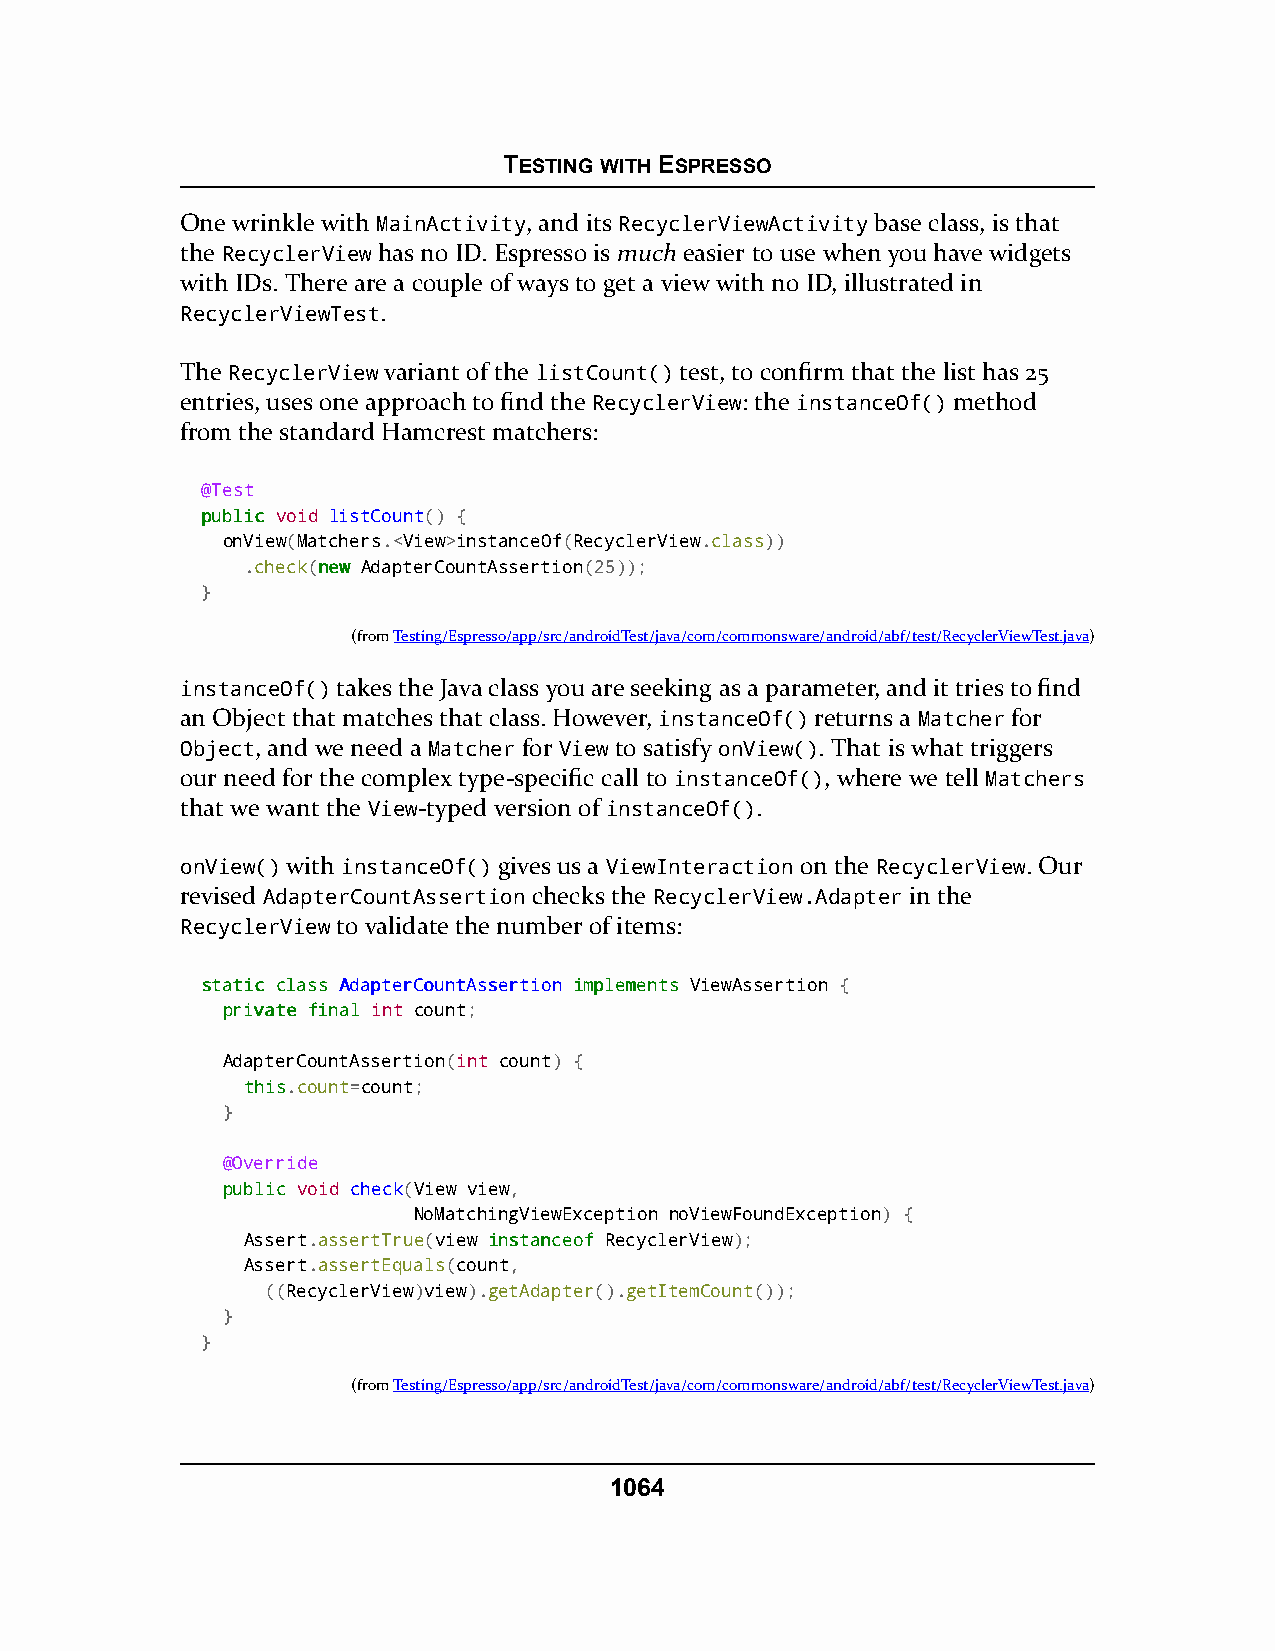
TESTING WITH ESPRESSO
 One wrinkle with MainActivity, and its RecyclerViewActivity base class, is that
 the RecyclerView has no ID. Espresso is much easier to use when you have widgets
 with IDs. There are a couple of ways to get a view with no ID, illustrated in
 RecyclerViewTest.
 The RecyclerView variant of the listCount() test, to confirm that the list has 25
 entries, uses one approach to find the RecyclerView: the instanceOf() method
 from the standard Hamcrest matchers:
 @Test
 ppuubblliicc void listCount() {
 onView(Matchers.<View>instanceOf(RecyclerView.class))
 .check(nneeww AdapterCountAssertion(25));
 }
 (fromTesting/Espresso/app/src/androidTest/java/com/commonsware/android/abf/test/RecyclerViewTest.java)
 instanceOf() takes the Java class you are seeking as a parameter, and it tries to find
 an Object that matches that class. However, instanceOf() returns a Matcher for
 Object, and we need a Matcher for View to satisfy onView(). That is what triggers
 our need for the complex type-specific call to instanceOf(), where we tell Matchers
 that we want the View-typed version of instanceOf().
 onView() with instanceOf() gives us a ViewInteraction on the RecyclerView. Our
 revised AdapterCountAssertion checks the RecyclerView.Adapter in the
 RecyclerView to validate the number of items:
 ssttaattiicc ccllaassss AAddaapptteerrCCoouunnttAAsssseerrttiioonn iimmpplleemmeennttss ViewAssertion {
 pprriivvaattee ffiinnaall int count;
 AdapterCountAssertion(int count) {
 tthhiiss.count=count;
 }
 @Override
 ppuubblliicc void check(View view,
 NoMatchingViewException noViewFoundException) {
 Assert.assertTrue(view iinnssttaanncceeooff RecyclerView);
 Assert.assertEquals(count,
 ((RecyclerView)view).getAdapter().getItemCount());
 }
 }
 (fromTesting/Espresso/app/src/androidTest/java/com/commonsware/android/abf/test/RecyclerViewTest.java)
 1064